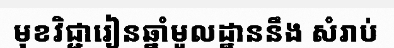
មុខវិជ្ជារៀនឆ្នាំមូលដ្ឋាននឹង សំរាប់